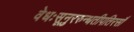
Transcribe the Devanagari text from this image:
वेधःसूनुररुन्धतीपतिरसौ